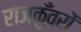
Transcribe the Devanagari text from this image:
राजकुँवरों